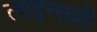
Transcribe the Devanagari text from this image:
लाइन्सशी